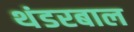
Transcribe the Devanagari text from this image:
थंडरबाल